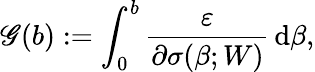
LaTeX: \mathscr{G}(b):=\int_{0}^{b}\frac{{\varepsilon}}{{\partial\sigma(\beta;W)}}\, \mathrm{{d}}\beta,